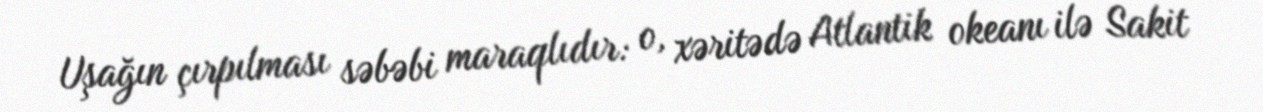
Uşağın çırpılması səbəbi maraqlıdır: o, xəritədə Atlantik okeanı ilə Sakit